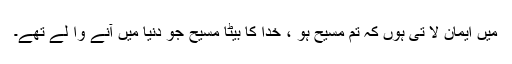
میں ایمان لا تی ہوں کہ تم مسیح ہو ، خدا کا بیٹا مسیح جو دنیا میں آنے وا لے تھے۔